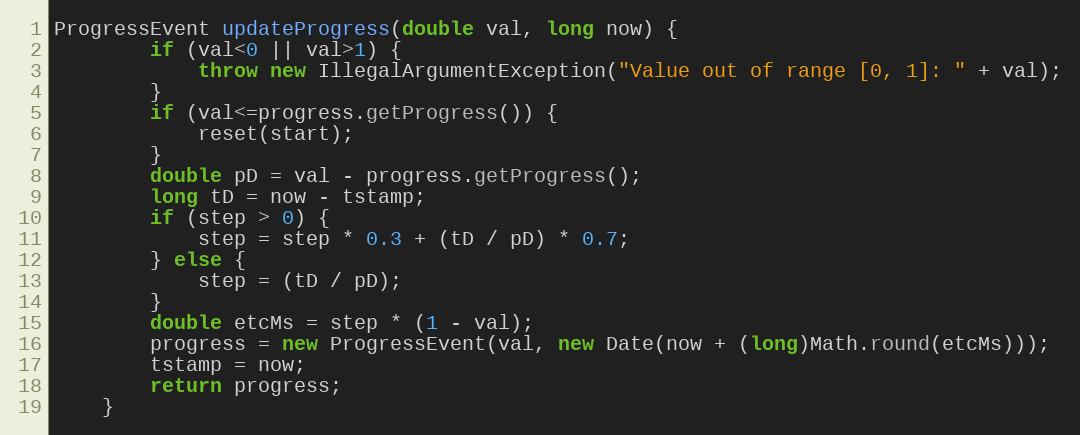
Language: Java
ProgressEvent updateProgress(double val, long now) {
		if (val<0 || val>1) {
			throw new IllegalArgumentException("Value out of range [0, 1]: " + val);
		}
		if (val<=progress.getProgress()) {
			reset(start);
		}
		double pD = val - progress.getProgress();
		long tD = now - tstamp;
		if (step > 0) {
			step = step * 0.3 + (tD / pD) * 0.7;
		} else {
			step = (tD / pD);
		}
		double etcMs = step * (1 - val);
		progress = new ProgressEvent(val, new Date(now + (long)Math.round(etcMs)));
		tstamp = now;
		return progress;
	}